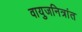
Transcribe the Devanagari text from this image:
वायुजनित्रांत